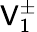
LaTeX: \mathsf{V}_{1}^{\pm}